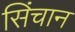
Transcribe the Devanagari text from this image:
सिंचान